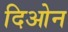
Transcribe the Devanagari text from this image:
दिओन